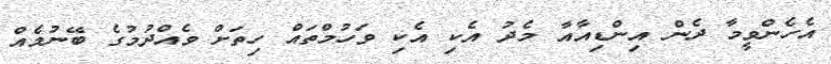
އެހެންވީމާ ދެން އިންޑިއާއާ މެދު އެކި އެކި ވަހުމްތައް ހިތަށް ވެއްދުމުގެ ބޭނުމެއް